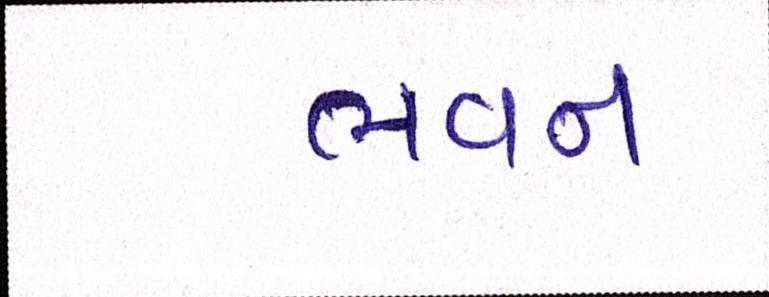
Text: ભવન